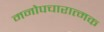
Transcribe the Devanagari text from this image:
मनोपचारात्मक